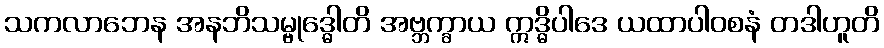
သကလာဘေန အနဘိသမ္ဗုဒ္ဓေါတိ အဗ္ဘက္ခာယ ဣဒ္ဓိပါဒေ ယထာပါဝစနံ တဒါဟူတိ